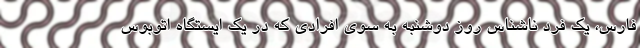
فارس، یک فرد ناشناس روز دوشنبه به سوی افرادی که در یک ایستگاه اتوبوس